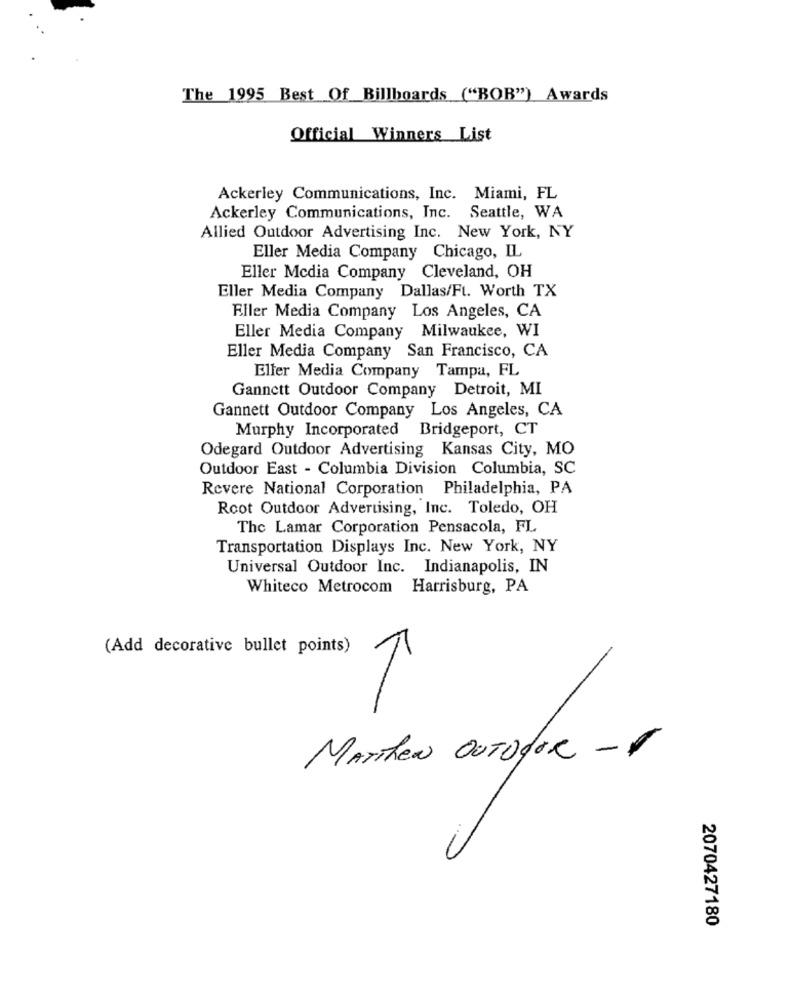
The 1995 Best Of Billboards ("BOB") Awards
Official Winners List
Ackerley Communications, Inc. Miami, FL
Ackerley Communications, Inc. Seattle, WA
Allied Outdoor Advertising Inc. New York, NY
Eller Media Company Chicago, IL
Eller Media Company Cleveland, OH
Eller Media Company Dallas/Ft. Worth TX
Eller Media Company Los Angeles, CA
Eller Media Company Milwaukee, WI
Eller Media Company San Francisco, CA
Eller Media Company Tampa, FL
Gannett Outdoor Company Detroit, MI
Gannett Outdoor Company Los Angeles, CA
Murphy Incorporated Bridgeport, CT
Odegard Outdoor Advertising Kansas City, MO
Outdoor East - Columbia Division Columbia, SC
Revere National Corporation Philadelphia, PA
Root Outdoor Advertising, Inc. Toledo, OH
The Lamar Corporation Pensacola, FL
Transportation Displays Inc. New York, NY
Universal Outdoor Inc. Indianapolis, IN
Whiteco Metrocom Harrisburg, PA
(Add decorative bullet points)
T
MATThEN OUTDOOR -1
2070427180